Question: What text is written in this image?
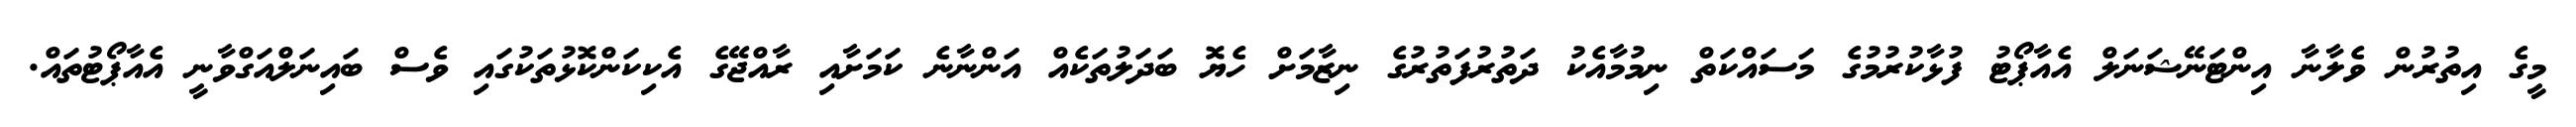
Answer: މީގެ އިތުރުން ވެލާނާ އިންޓަނޭޝަނަލް އެއާޕޯޓު ފުޅާކުރުމުގެ މަސައްކަތް ނިމުމާއެކު ދަތުރުފަތުރުގެ ނިޒާމަށް ހެޔޮ ބަދަލުތަކެއް އަންނާނެ ކަމަށާއި ރާއްޖޭގެ އެކިކަންކޮޅުތަކުގައި ވެސް ބައިނަލްއަގްވާނީ އެއާޕޯޓުތައް.